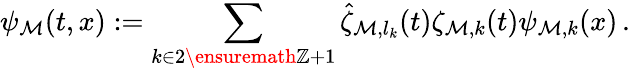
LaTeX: \psi_{\mathcal{M}}(t,x):=\sum_{k\in2\ensuremath{{\mathbb{{Z}}}}+1}\hat{{\zeta}}_{\mathcal{M},l_{k}}(t)\zeta_{\mathcal{M},k}(t)\psi_{\mathcal{M},k}(x)\, .